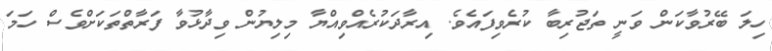
ހިލަ ބޭރުވާކަން ވަނީ ތަޖުރިބާ ކުރެވިފައެވެ. އިރާދަކުރެއްވިއްޔާ މިލިޔުން ވިދާޅުވާ ފަރާތްތަކަށްވެސް ހަމަ